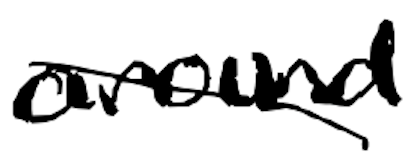
Text: around
Cross-out: diagonal
Writing tool: digital_black